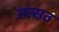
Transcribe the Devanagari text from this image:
तत्सत